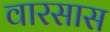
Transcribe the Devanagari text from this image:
वारसास